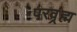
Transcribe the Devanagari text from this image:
परव्रह्म